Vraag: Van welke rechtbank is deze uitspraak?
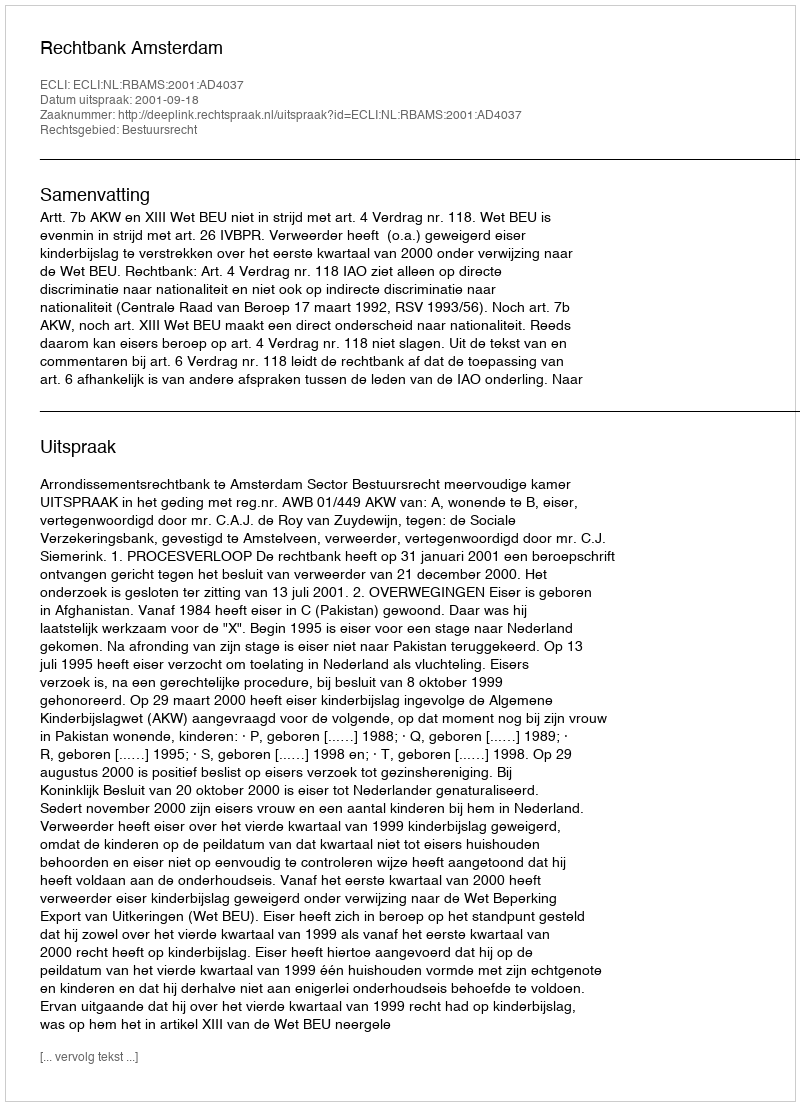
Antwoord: Rechtbank Amsterdam